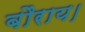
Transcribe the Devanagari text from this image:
बौराय।